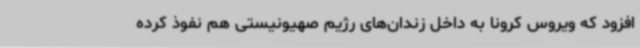
افزود که ویروس کرونا به داخل زندان‌های رژیم صهیونیستی هم نفوذ کرده